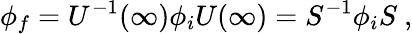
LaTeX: \phi_{f}=U^{-1}(\infty)\phi_{i}U(\infty)=S^{-1}\phi_{i}S~,